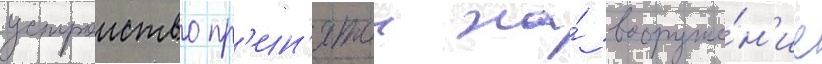
устроиство пр'ин'ятои на́ вооруже́н'ие